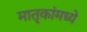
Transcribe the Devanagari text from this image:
मातृकांमध्ये